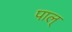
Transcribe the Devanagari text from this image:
पाल्